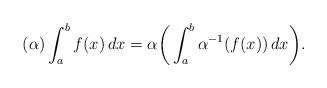
LaTeX: \begin{align*} (\alpha )\int _a^bf(x)\,dx=\alpha \bigg( \int _a^b\alpha ^{-1}(f(x))\,dx\bigg) . \end{align*}